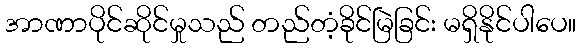
အာဏာပိုင်ဆိုင်မှုသည် တည်တံ့ခိုင်မြဲခြင်း မရှိနိုင်ပါပေ။